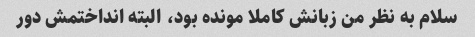
سلام به نظر من زبانش کاملا مونده بود، البته انداختمش دور